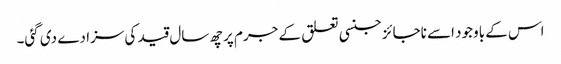
اس کے باوجود اسے ناجائز جنسی تعلق کے جرم پر چھ سال قید کی سزا دے دی گئی۔